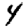
Digit: 4